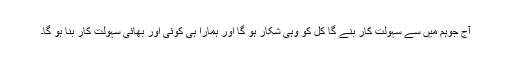
آج جوہم میں سے سہولت کار بنے گا کل کو وہی شکار ہو گا اور ہمارا ہی کوئی اور بھائی سہولت کار بنا ہو گا۔